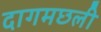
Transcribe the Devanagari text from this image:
दागमछली